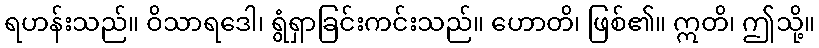
ရဟန်းသည်။ ဝိသာရဒေါ၊ ရွံရှာခြင်းကင်းသည်။ ဟောတိ၊ ဖြစ်၏။ ဣတိ၊ ဤသို့။